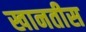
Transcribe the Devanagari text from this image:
खानतीस